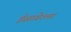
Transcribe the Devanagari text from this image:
ईसाबेल्ला